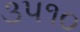
૩૫૧૦